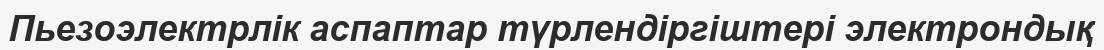
Пьезоэлектрлік аспаптар түрлендіргіштері электрондық